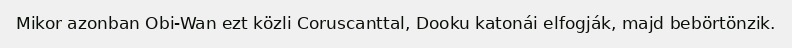
Mikor azonban Obi-Wan ezt közli Coruscanttal, Dooku katonái elfogják, majd bebörtönzik.